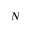
N